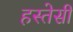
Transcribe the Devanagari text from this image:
हस्तेसी